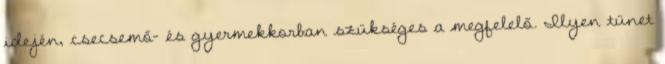
idején, csecsemő- és gyermekkorban szükséges a megfelelő. Ilyen tünet